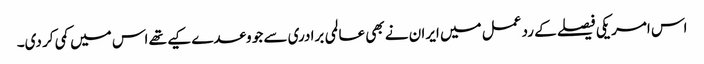
اس امریکی فیصلے کے رد عمل میں ایران نے بھی عالمی برادری سے جو وعدے کیے تھے اس میں کمی کر دی۔